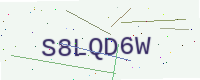
Text: S8LQD6W